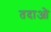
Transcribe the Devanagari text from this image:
तदाओ